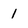
Character: 1